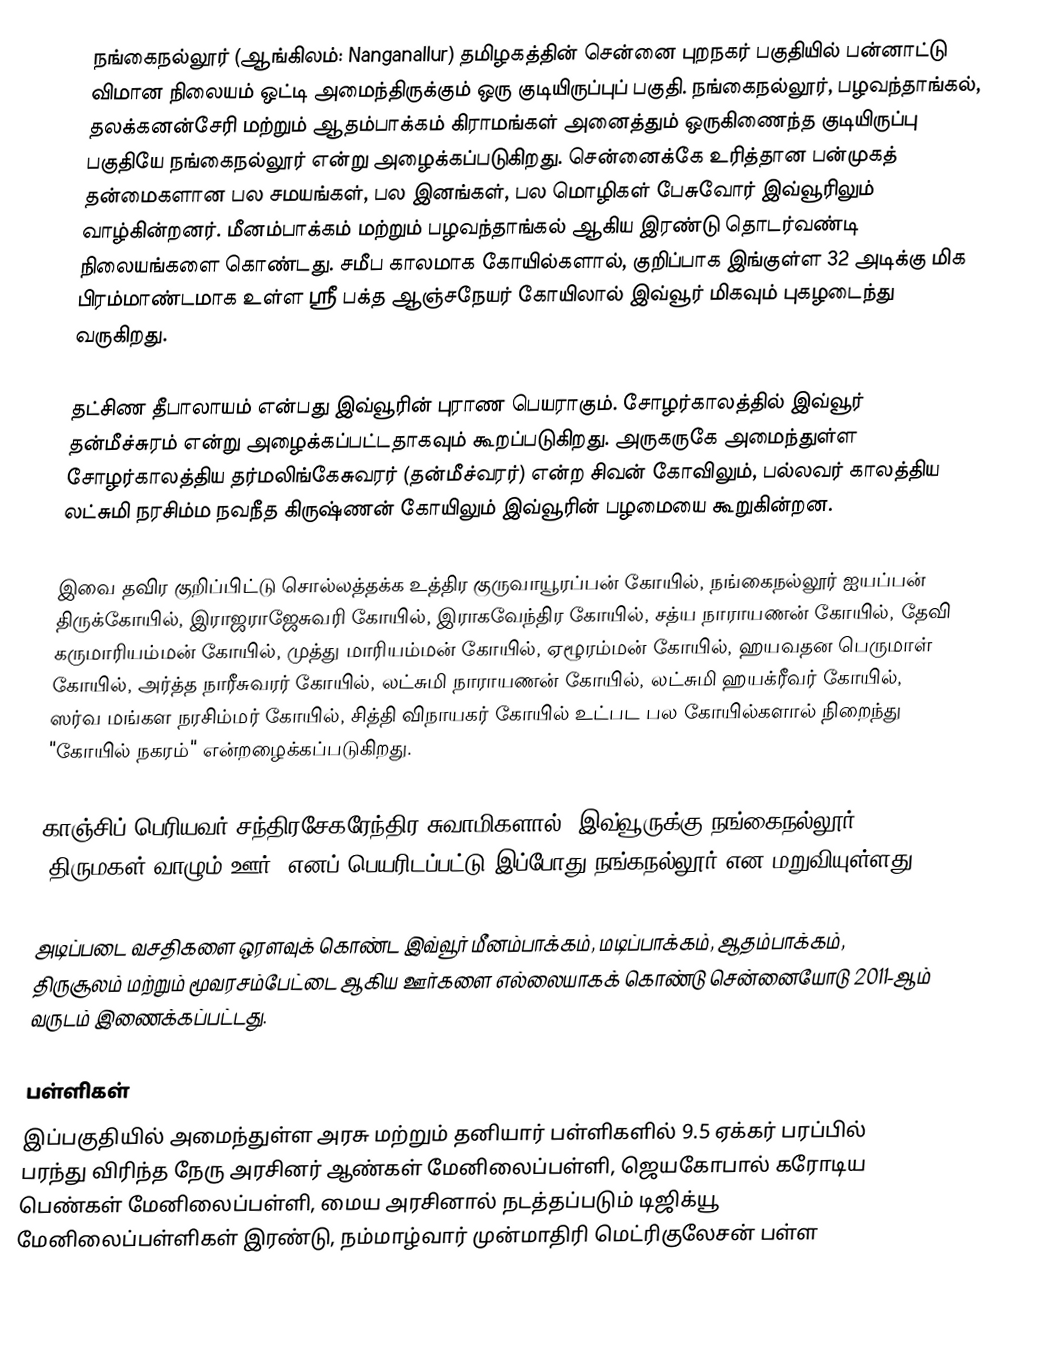
நங்கைநல்லூர் (ஆங்கிலம்: Nanganallur) தமிழகத்தின் சென்னை புறநகர் பகுதியில் பன்னாட்டு விமான நிலையம் ஒட்டி அமைந்திருக்கும் ஒரு குடியிருப்புப் பகுதி. நங்கைநல்லூர், பழவந்தாங்கல், தலக்கனன்சேரி மற்றும் ஆதம்பாக்கம் கிராமங்கள் அனைத்தும் ஒருகிணைந்த குடியிருப்பு பகுதியே நங்கைநல்லூர் என்று அழைக்கப்படுகிறது. சென்னைக்கே உரித்தான பன்முகத் தன்மைகளான பல சமயங்கள், பல இனங்கள், பல மொழிகள் பேசுவோர் இவ்வூரிலும் வாழ்கின்றனர். மீனம்பாக்கம் மற்றும் பழவந்தாங்கல் ஆகிய இரண்டு தொடர்வண்டி நிலையங்களை கொண்டது. சமீப காலமாக கோயில்களால், குறிப்பாக இங்குள்ள 32 அடிக்கு மிக பிரம்மாண்டமாக உள்ள ஸ்ரீ பக்த ஆஞ்சநேயர் கோயிலால் இவ்வூர் மிகவும் புகழடைந்து வருகிறது.

தட்சிண தீபாலாயம் என்பது இவ்வூரின் புராண பெயராகும். சோழர்காலத்தில் இவ்வூர் தன்மீச்சுரம் என்று அழைக்கப்பட்டதாகவும் கூறப்படுகிறது. அருகருகே அமைந்துள்ள சோழர்காலத்திய தர்மலிங்கேசுவரர் (தன்மீச்வரர்) என்ற சிவன் கோவிலும், பல்லவர் காலத்திய லட்சுமி நரசிம்ம நவநீத கிருஷ்ணன் கோயிலும் இவ்வூரின் பழமையை கூறுகின்றன.

இவை தவிர குறிப்பிட்டு சொல்லத்தக்க உத்திர குருவாயூரப்பன் கோயில், நங்கைநல்லூர் ஐயப்பன் திருக்கோயில், இராஜராஜேசுவரி கோயில், இராகவேந்திர கோயில், சத்ய நாராயணன் கோயில், தேவி கருமாரியம்மன் கோயில், முத்து மாரியம்மன் கோயில், ஏழூரம்மன் கோயில், ஹயவதன பெருமாள் கோயில், அர்த்த நாரீசுவரர் கோயில், லட்சுமி நாராயணன் கோயில், லட்சுமி ஹயக்ரீவர் கோயில், ஸர்வ மங்கள நரசிம்மர் கோயில், சித்தி விநாயகர் கோயில் உட்பட பல கோயில்களால் நிறைந்து "கோயில் நகரம்" என்றழைக்கப்படுகிறது.

காஞ்சிப் பெரியவர் சந்திரசேகரேந்திர சுவாமிகளால், இவ்வூருக்கு நங்கைநல்லூர் (திருமகள் வாழும் ஊர்) எனப் பெயரிடப்பட்டு இப்போது நங்கநல்லூர் என மறுவியுள்ளது.

அடிப்படை வசதிகளை ஒரளவுக் கொண்ட இவ்வூர் மீனம்பாக்கம், மடிப்பாக்கம், ஆதம்பாக்கம், திருசூலம் மற்றும் மூவரசம்பேட்டை ஆகிய ஊர்களை எல்லையாகக் கொண்டு சென்னையோடு 2011-ஆம் வருடம் இணைக்கப்பட்டது.

பள்ளிகள்
இப்பகுதியில் அமைந்துள்ள அரசு மற்றும் தனியார் பள்ளிகளில் 9.5 ஏக்கர் பரப்பில் பரந்து விரிந்த நேரு அரசினர் ஆண்கள் மேனிலைப்பள்ளி, ஜெயகோபால் கரோடிய பெண்கள் மேனிலைப்பள்ளி, மைய அரசினால் நடத்தப்படும் டிஜிக்யூ மேனிலைப்பள்ளிகள் இரண்டு, நம்மாழ்வார் முன்மாதிரி மெட்ரிகுலேசன் பள்ள